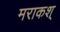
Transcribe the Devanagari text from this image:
मराकश्